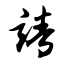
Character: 靖